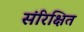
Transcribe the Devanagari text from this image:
संरिक्षित